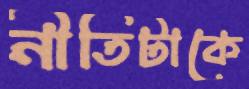
নীতিটাকে